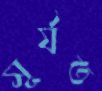
সূর্যত